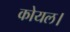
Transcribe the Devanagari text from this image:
कोयल।